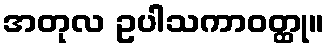
အတုလ ဥပါသကာဝတ္ထု။